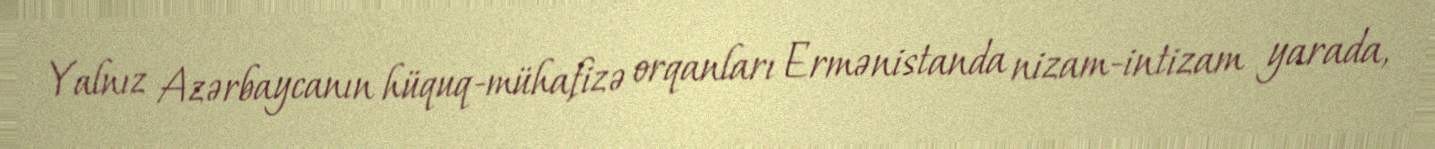
Yalnız Azərbaycanın hüquq-mühafizə orqanları Ermənistanda nizam-intizam yarada,